Report on the working of the Ranchi Indian Mental Hospital, Kanke, in Bihar and Orissa - 1930-1940
Year: 1930
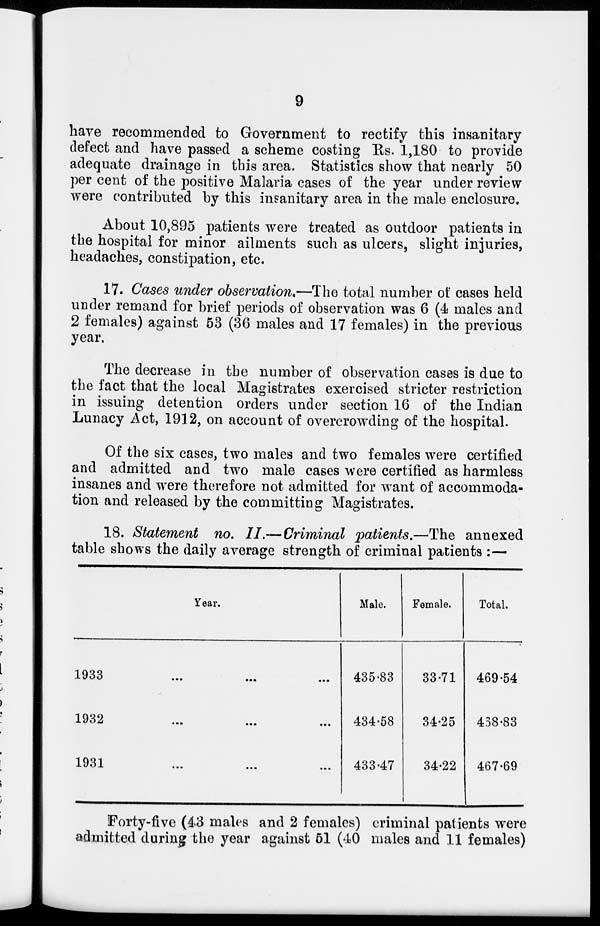
9
have recommended to Government to rectify this insanitary
defect and have passed a scheme costing Rs. 1,180 to provide
adequate drainage in this area. Statistics show that nearly 50
per cent of the positive Malaria cases of the year under review
were contributed by this insanitary area in the male enclosure.
About 10,895 patients were treated as outdoor patients in
the hospital for minor ailments such as ulcers, slight injuries,
headaches, constipation, etc.
17. Cases under observation.—The total number of cases held
under remand for brief periods of observation was 6 (4 males and
2 females) against 53 (36 males and 17 females) in the previous
year.
The decrease in the number of observation cases is due to
the fact that the local Magistrates exercised stricter restriction
in issuing detention orders under section 16 of the Indian
Lunacy Act, 1912, on account of overcrowding of the hospital.
Of the six cases, two males and two females were certified
and admitted and two male cases were certified as harmless
insanes and were therefore not admitted for want of accommoda-
tion and released by the committing Magistrates.
18. Statement no. II.—Criminal patients.—The annexed
table shows the daily average strength of criminal patients :—
Year.
1933
...
...
...
1932 ... ... ...
1931 ... ... ...
Male.
435.83
434.58
433.47
Female.
33.71
34.25
34.22
Total.
469.54
438.83
467.69
Forty-five (43 males and 2 females) criminal patients were
admitted during the year against 51 (40 males and 11 females)